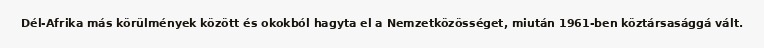
Dél-Afrika más körülmények között és okokból hagyta el a Nemzetközösséget, miután 1961-ben köztársasággá vált.